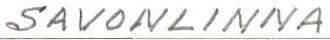
SAVONLINNA